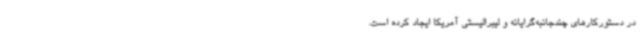
در دستورکارهای چندجانبه‌گرایانه و لیبرالیستی آمریکا ایجاد کرده است.